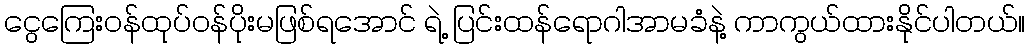
ငွေကြေးဝန်ထုပ်ဝန်ပိုးမဖြစ်ရအောင် ရဲ့ ပြင်းထန်ရောဂါအာမခံနဲ့ ကာကွယ်ထားနိုင်ပါတယ်။